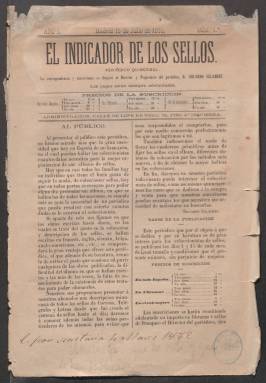
Título: El Indicador de los sellos
Colección: Juegos y pasatiempos
Ámbito geográfico: Madrid
Lugar de publicación: Madrid
Fechas: 15/07/1870-15/07/1870